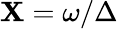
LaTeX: \mathbf{X}=\omega/\Delta